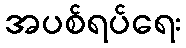
အပစ်ရပ်ရေး